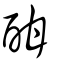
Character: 酣